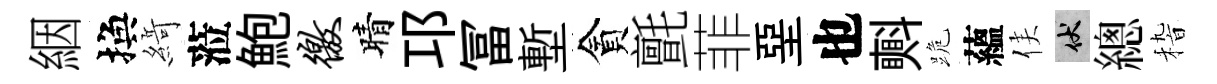
絪換𦂶蒞鮑徼晴邛冨塹貪氈菲堊也㪺跪蘊侯伏總𥟵